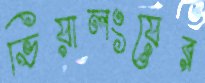
ভিয়ালংয়ের